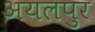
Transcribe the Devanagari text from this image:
अयलपुर